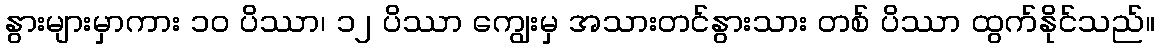
နွားများမှာကား ၁၀ ပိဿာ၊ ၁၂ ပိဿာ ကျွေးမှ အသားတင်နွားသား တစ် ပိဿာ ထွက်နိုင်သည်။